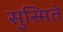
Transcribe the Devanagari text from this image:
सुस्मिते